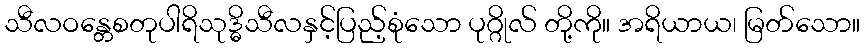
သီလဝန္တေစတုပါရိသုဒ္ဓိသီလနှင့်ပြည့်စုံသော ပုဂ္ဂိုလ် တို့ကို။ အရိယာယ၊ မြတ်သော။